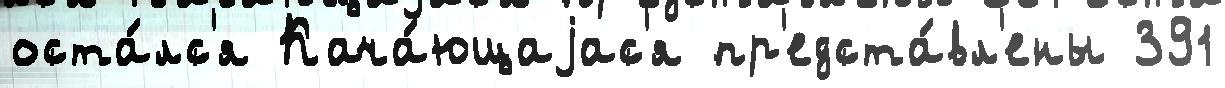
оста́лс'я Кача́ющаjас'я пр'едста́вл'ены 391